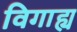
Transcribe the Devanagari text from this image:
विगाह्य